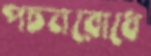
পচনরোধে